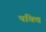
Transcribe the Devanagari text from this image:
पक्ति